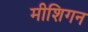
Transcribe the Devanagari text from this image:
मीशिगन